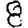
Digit: 8